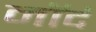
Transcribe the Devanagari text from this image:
नॉर्द